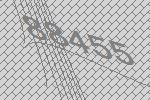
88455